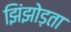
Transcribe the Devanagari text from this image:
झिंझोड़ता